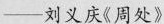
—刘义庆《周处》